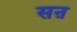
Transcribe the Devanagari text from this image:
सऩ